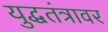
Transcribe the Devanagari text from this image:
युद्धतंत्रावर